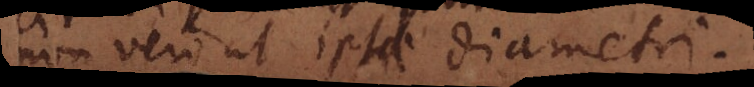
non vero ut ipsae diametri.